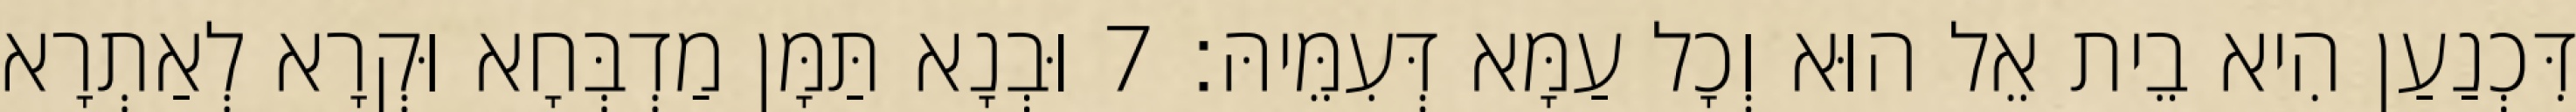
דִּכְנַעַן הִיא בֵית אֵל הוּא וְכָל עַמָּא דְּעִמֵּיהּ׃ 7 וּבְנָא תַּמָּן מַדְבְּחָא וּקְרָא לְאַתְרָא